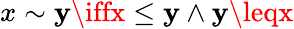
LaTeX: x\sim\mathbf{y}\iffx\leq\mathbf{y}\land\mathbf{y}\leqx